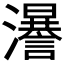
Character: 𤃵